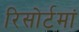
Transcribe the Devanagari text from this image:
रिसोर्टमां